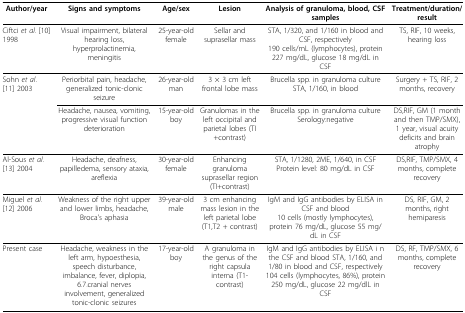
<table><thead><tr><td><b>Author/year</b></td><td><b>Signs and symptoms</b></td><td><b>Age/sex</b></td><td><b>Lesion</b></td><td><b>Analysis of granuloma, blood, CSF samples</b></td><td><b>Treatment/duration/result</b></td></tr></thead><tbody><tr><td>Ciftci <i>et al</i>. [10] 1998</td><td>Visual impairment, bilateral hearing loss, hyperprolactinemia, meningitis</td><td>25-year-old female</td><td>Sellar and suprasellar mass</td><td>STA, 1/320, and 1/160 in blood and CSF, respectively190 cells/mL (lymphocytes), protein 227 mg/dL, glucose 18 mg/dL in CSF</td><td>TS, RIF, 10 weeks, hearing loss</td></tr><tr><td>Sohn <i>et al</i>. [11] 2003</td><td>Periorbital pain, headache, generalized tonic-clonic seizure</td><td>26-year-old man</td><td>3 × 3 cm left frontal lobe mass</td><td>Brucella spp. in granuloma culture STA, 1/160, in blood</td><td>Surgery + TS, RIF, 2 months, recovery</td></tr><tr><td></td><td>Headache, nausea, vomiting, progressive visual function deterioration</td><td>15-year-old boy</td><td>Granulomas in the left occipital and parietal lobes (TI+contrast)</td><td>Brucella spp. in granuloma culture Serology:negative</td><td>DS,RIF, GM (1 month and then TMP/SMX), 1 year, visual acuity deficits and brain atrophy</td></tr><tr><td>Al-Sous <i>et al</i>. [13] 2004</td><td>Headache, deafness, papilledema, sensory ataxia, areflexia</td><td>30-year-old female</td><td>Enhancing granuloma suprasellar region(TI+contrast)</td><td>STA, 1/1280, 2ME, 1/640, in CSF Protein level: 80 mg/dL in CSF</td><td>DS,RIF, TMP/SMX, 4 months, complete recovery</td></tr><tr><td>Miguel <i>et al</i>. [12] 2006</td><td>Weakness of the right upper and lower limbs, headache, Broca&#x27;s aphasia</td><td>39-year-old male</td><td>3 cm enhancing mass lesion in the left parietal lobe (T1,T2 + contrast)</td><td>IgM and IgG antibodies by ELISA in CSF and blood10 cells (mostly lymphocytes), protein 76 mg/dL, glucose 55 mg/dL in CSF</td><td>DS, RIF, GM, 2 months, right hemiparesis</td></tr><tr><td>Present case</td><td>Headache, weakness in the left arm, hypoesthesia, speech disturbance, imbalance, fever, diplopia, 6.7.cranial nerves involvement, generalized tonic-clonic seizures</td><td>17-year-old boy</td><td>A granuloma in the genus of the right capsula interna (T1-contrast)</td><td>IgM and IgG antibodies by ELISA i n the CSF and blood STA, 1/160, and 1/80 in blood and CSF, respectively104 cells (lymphocytes, 86%), protein 250 mg/dL, glucose 22 mg/dlL in CSF</td><td>DS, RF, TMP/SMX, 6 months, complete recovery</td></tr></tbody></table>